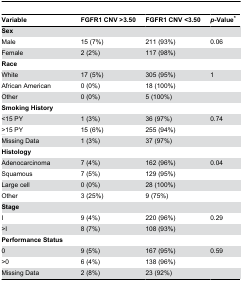
<table><thead><tr><td><b>Variable</b></td><td><b>FGFR1 CNV &gt;3.50</b></td><td><b>FGFR1 CNV &lt;3.50</b></td><td><b><i>p</i>-Value*</b></td></tr></thead><tbody><tr><td><b>Sex</b></td><td></td><td></td><td></td></tr><tr><td> Male</td><td>15 (7%)</td><td>211 (93%)</td><td>0.06</td></tr><tr><td> Female</td><td>2 (2%)</td><td>117 (98%)</td><td></td></tr><tr><td><b>Race</b></td><td></td><td></td><td></td></tr><tr><td> White</td><td>17 (5%)</td><td>305 (95%)</td><td>1</td></tr><tr><td> African American</td><td>0 (0%)</td><td>18 (100%)</td><td></td></tr><tr><td> Other</td><td>0 (0%)</td><td>5 (100%)</td><td></td></tr><tr><td><b>Smoking History</b></td><td></td><td></td><td></td></tr><tr><td> &lt;15 PY</td><td>1 (3%)</td><td>36 (97%)</td><td>0.74</td></tr><tr><td><underline>&gt;</underline>15 PY</td><td>15 (6%)</td><td>255 (94%)</td><td></td></tr><tr><td> Missing Data</td><td>1 (3%)</td><td>37 (97%)</td><td></td></tr><tr><td><b>Histology</b></td><td></td><td></td><td></td></tr><tr><td> Adenocarcinoma</td><td>7 (4%)</td><td>162 (96%)</td><td>0.04</td></tr><tr><td> Squamous</td><td>7 (5%)</td><td>129 (95%)</td><td></td></tr><tr><td> Large cell</td><td>0 (0%)</td><td>28 (100%)</td><td></td></tr><tr><td> Other</td><td>3 (25%)</td><td>9 (75%)</td><td></td></tr><tr><td><b>Stage</b></td><td></td><td></td><td></td></tr><tr><td> I </td><td>9 (4%)</td><td>220 (96%)</td><td>0.29</td></tr><tr><td> &gt;I</td><td>8 (7%)</td><td>108 (93%)</td><td></td></tr><tr><td><b>Performance Status</b></td><td></td><td></td><td></td></tr><tr><td> 0</td><td>9 (5%)</td><td>167 (95%)</td><td>0.59</td></tr><tr><td> &gt;0</td><td>6 (4%)</td><td>138 (96%)</td><td></td></tr><tr><td> Missing Data</td><td>2 (8%)</td><td>23 (92%)</td><td></td></tr></tbody></table>